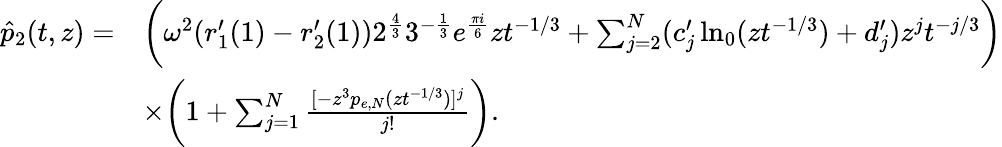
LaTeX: \begin{array}{rl}{\hat{p}_{2}(t,z)=}&{\bigg(\omega^{2}(r_{1}^{\prime}(1)-r_{2}^{\prime}(1))2^{\frac{4}{3}}3^{-\frac{1}{3}}e^{\frac{\pi i}{6}}zt^{-1/3}+\sum_{j=2}^{N}(c_{j}^{\prime}\ln_{0}(zt^{-1/3})+d_{j}^{\prime})z^{j}t^{-j/3}\bigg)}\\ &{\times\bigg(1+\sum_{j=1}^{N}\frac{[-z^{3}p_{e,N}(zt^{-1/3})]^{j}}{j!}\bigg).}\end{array}